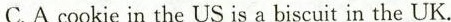
C.A cookie in the US is a biscuit in the UK.